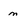
Character: m